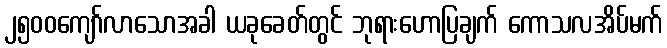
၂၅၀၀ကျော်လာသောအခါ ယခုခေတ်တွင် ဘုရားဟောပြချက် ကောသလအိပ်မက်